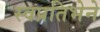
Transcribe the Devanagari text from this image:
स्वप्रतिभेने